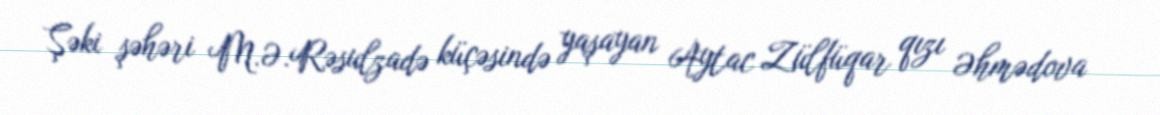
Şəki şəhəri M.Ə.Rəsulzadə küçəsində yaşayan Aytac Zülfüqar qızı Əhmədova